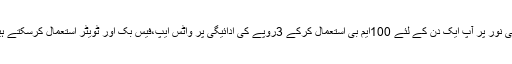
ٹیلی نور پر آپ ایک دن کے لئے 100ایم بی استعمال کرکے 3روپے کی ادائیگی پر واٹس ایپ،فیس بک اور ٹویٹر استعمال کرسکتے ہیں۔